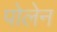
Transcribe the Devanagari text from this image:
पोलेन